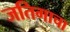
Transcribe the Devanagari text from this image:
जतिगाचा